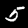
Digit: 5